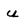
Character: u